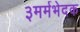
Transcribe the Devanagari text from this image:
३मर्मभेदक